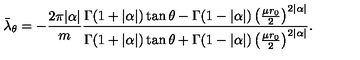
\bar { \lambda } _ { \theta } = - \frac { 2 \pi | \alpha | } { m } \frac { \Gamma ( 1 + | \alpha | ) \tan \theta - \Gamma ( 1 - | \alpha | ) \left( \frac { \mu r _ { 0 } } { 2 } \right) ^ { 2 | \alpha | } } { \Gamma ( 1 + | \alpha | ) \tan \theta + \Gamma ( 1 - | \alpha | ) \left( \frac { \mu r _ { 0 } } { 2 } \right) ^ { 2 | \alpha | } } .